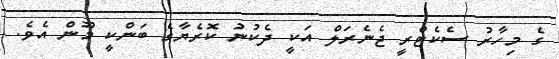
ގެ މިހާރު ސެކެޓްރީ ޖެނެރަލް އަކީ ދެކުނު ކޮރެޔާގެ ބަންކީ މޫން އެވެ.